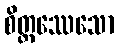
စိတ္တဿေသော